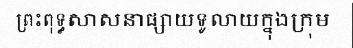
ព្រះពុទ្ធសាសនាផ្សាយទូលាយក្នុងក្រុម